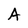
Character: A